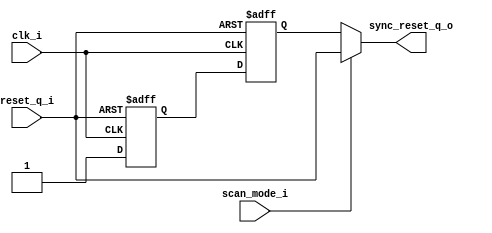
/*
 * Module      : tb_w_icons_top
 * Project Name: W_ICONS
 * Company     : Blackrock Neurotech
 */
`timescale 1ns/1ps

module common_reset_sync (
    clk_i,
    reset_q_i,
    sync_reset_q_o,
    scan_mode_i 
);
    /* icglue keep begin parameters *//* icglue keep end */

    input   clk_i;
    input   reset_q_i;
    output  sync_reset_q_o;
    input   scan_mode_i;
    /* icglue keep begin declarations */

    wire   reset_release_sync;
    wire   reset_release_in;
    assign reset_release_in = 1'b1;
 
    //???????? ---------------------
    //can be replaced with dual_ff if there is available in STDCELL library
    reg    data_sync0;
    reg    data_sync1;

    always @(posedge clk_i or negedge reset_q_i) begin
        if (reset_q_i == 1'b0) begin
            data_sync0 <= 1'b0;
            data_sync1 <= 1'b0;
        end else begin
            // allow synchronization of reset signals
            // lint_checking RSTDAT off
            data_sync0 <= reset_release_in;
            // lint_checking RSTDAT on
            data_sync1 <= data_sync0;
        end
    end
    assign reset_release_sync = data_sync1;
    //?????? ------------------------

   // ignore combinational logic in reset path in HAL
   // lint_checking GLTASR off
   assign sync_reset_q_o = (scan_mode_i) ? reset_q_i : reset_release_sync;
   // lint_checking GLTASR on

    /* icglue keep end */
endmodule